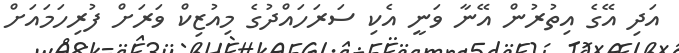
އަދި އޭގެ އިތުރުން އޭނާ ވަނީ އެކި ސަރަހައްދުގެ މިއުޒިކް ވަރަށް ފުރިހަމައަށް